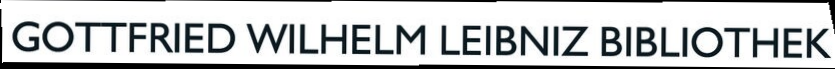
GOTTERIED WILMELM LEIBRIZ BIBLIOTHIEK